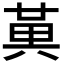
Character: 𭁔